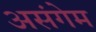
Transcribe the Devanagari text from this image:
असंगेम